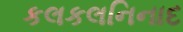
કલકલનિનાદ